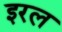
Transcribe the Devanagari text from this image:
इरल